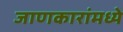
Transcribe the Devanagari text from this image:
जाणकारांमध्ये